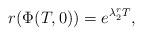
LaTeX: \begin{align*}r(\Phi(T,0))=e^{\lambda_2^r T},\end{align*}